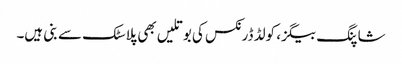
شاپنگ بیگز، کولڈ ڈرنکس کی بوتلیں بھی پلاسٹک سے بنی ہیں۔